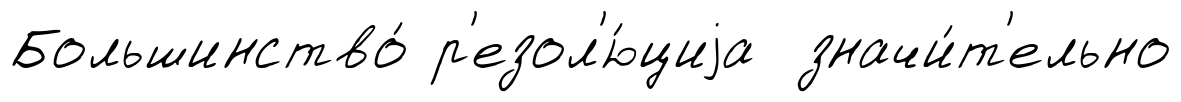
Большинство́ р'езол'ю́циjа значи́т'ельно